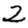
Digit: 2